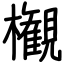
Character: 𣠤